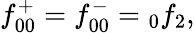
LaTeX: f_{00}^{+}=f_{00}^{-}=\phantom{}_{0}f_{2},